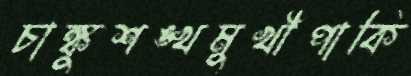
চাঙ্কুশঙ্খমুখীপাকি